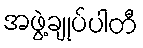
အဖွဲ့ချုပ်ပါတီ